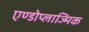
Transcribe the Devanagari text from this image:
एण्डोप्लाज्मिक